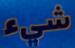
شيء